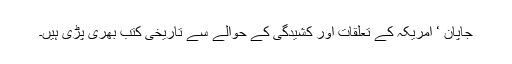
جاپان ‘ امریکہ کے تعلقات اور کشیدگی کے حوالے سے تاریخی کتب بھری پڑی ہیں۔